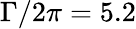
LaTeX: \Gamma/2\pi=5.2